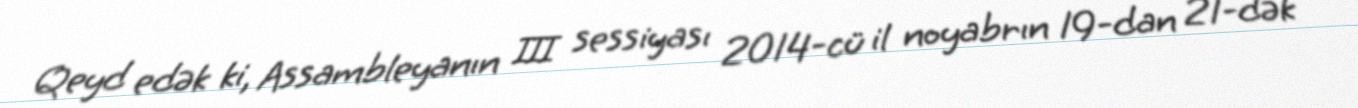
Qeyd edək ki, Assambleyanın III sessiyası 2014-cü il noyabrın 19-dan 21-dək